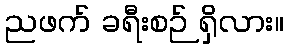
ညဖက် ခရီးစဉ် ရှိလား။